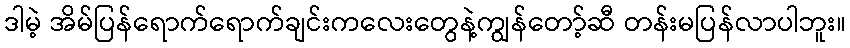
ဒါမဲ့ အိမ်ပြန်ရောက်ရောက်ချင်းကလေးတွေနဲ့ကျွန်တော့်ဆီ တန်းမပြန်လာပါဘူး။